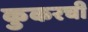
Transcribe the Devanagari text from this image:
कुकरची